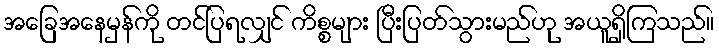
အခြေအနေမှန်ကို တင်ပြရလျှင် ကိစ္စများ ပြီးပြတ်သွားမည်ဟု အယူရှိကြသည်။